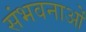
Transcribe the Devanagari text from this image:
संभवनाओं